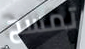
تمسح